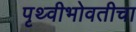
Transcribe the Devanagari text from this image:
पृथ्वीभोवतीचा